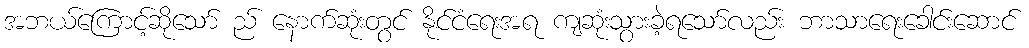
အဘယ်ကြောင့်ဆိုသော် ည် နောက်ဆုံးတွင် နိုင်ငံရေးအရ ကျဆုံးသွားခဲ့ရသော်လည်း ဘာသာရေးခေါင်းဆောင်